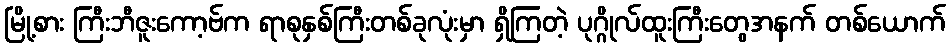
မြို့စား ကြီးဘီဇူးကော့ဗ်က ရာစုနှစ်ကြီးတစ်ခုလုံးမှာ ရှိကြတဲ့ ပုဂ္ဂိုလ်ထူးကြီးတွေအနက် တစ်ယောက်